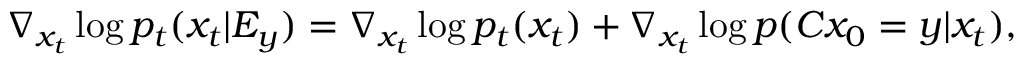
\nabla _ { x _ { t } } \log { p _ { t } ( x _ { t } | E _ { y } ) } = \nabla _ { x _ { t } } \log { p _ { t } ( x _ { t } ) } + \nabla _ { x _ { t } } \log { p ( C x _ { 0 } = y | x _ { t } ) } ,